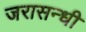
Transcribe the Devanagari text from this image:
जरासन्धी